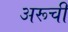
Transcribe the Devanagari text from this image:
अरूची